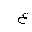
Letter: _ayn